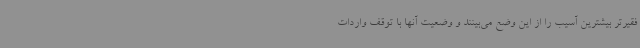
فقیرتر بیشترین آسیب را از این وضع می‌بینند و وضعیت آنها با توقف واردات